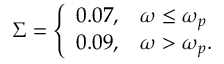
\Sigma = \left\{ \begin{array} { l l } { 0 . 0 7 , } & { \omega \leq \omega _ { p } } \\ { 0 . 0 9 , } & { \omega > \omega _ { p } . } \end{array} \right.